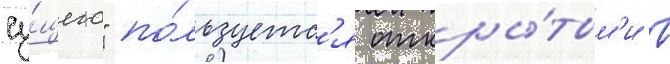
су́щего" по́льзуетс'я откры́тым'и в